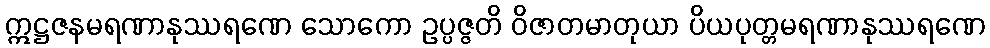
ဣဋ္ဌဇနမရဏာနုဿရဏေ သောကော ဥပ္ပဇ္ဇတိ ဝိဇာတမာတုယာ ပိယပုတ္တမရဏာနုဿရဏေ